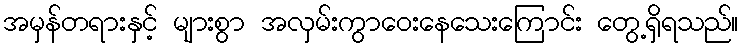
အမှန်တရားနှင့် များစွာ အလှမ်းကွာဝေးနေသေးကြောင်း တွေ့ရှိရသည်။